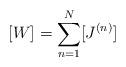
LaTeX: \begin{align*}[W] = \sum_{n=1}^{N} [J^{(n)}] \end{align*}